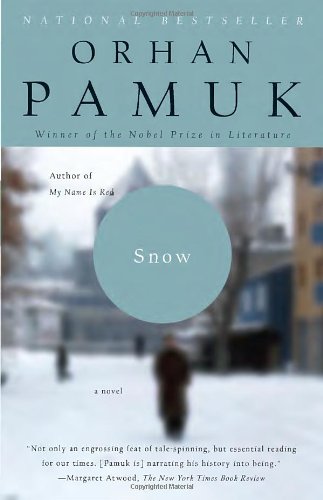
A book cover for Snow; Orhan Pamuk; Literature & Fiction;